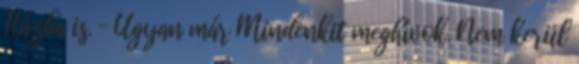
Házba is. – Ugyan már Mindenkit meghívok. Nem kerül